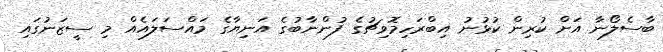
ބާސެލޯނާ އަށް ކުރިން ކުޅުނު އިބްރަހިމޮވިޗުގެ ފުންނާބުގެ އަނިޔާގެ މައްސަލައެއް މި ސީޒަނުގައި